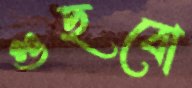
গুছবো